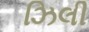
ઝિલી